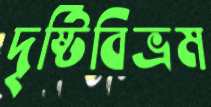
দৃষ্টিবিভ্রম